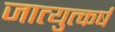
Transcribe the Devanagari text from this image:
जात्युत्कर्ष